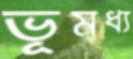
ভূমধ্য